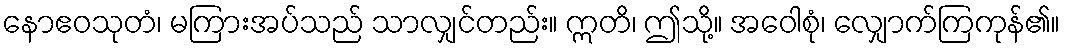
နောဧဝသုတံ၊ မကြားအပ်သည် သာလျှင်တည်း။ ဣတိ၊ ဤသို့။ အဝေါစုံ၊ လျှောက်ကြကုန်၏။